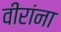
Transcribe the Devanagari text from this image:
वीरांना